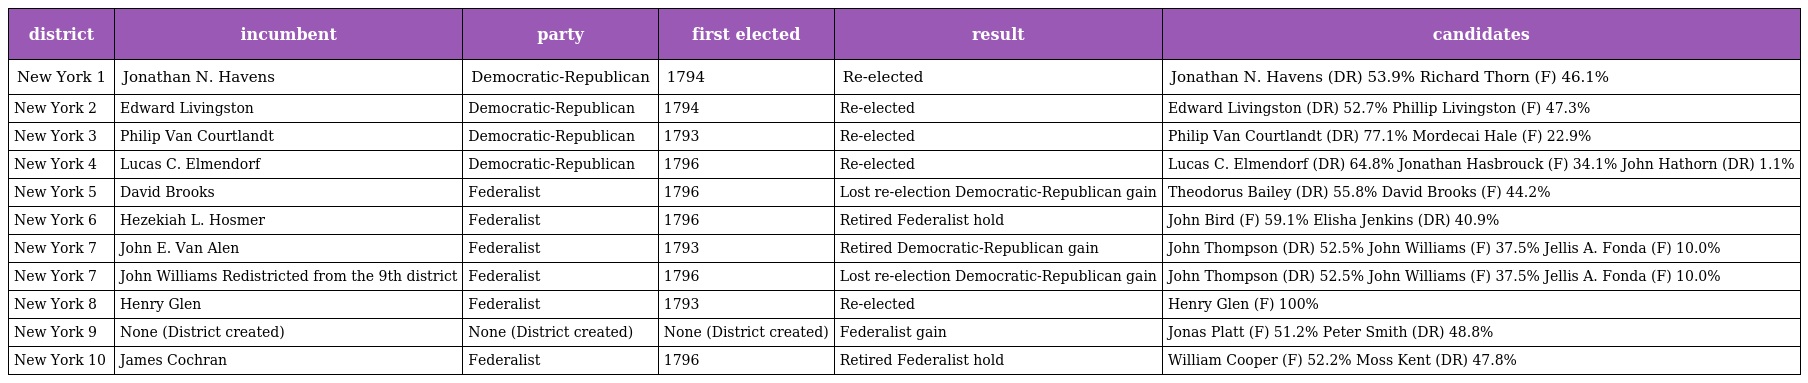
| district | incumbent | party | first elected | result | candidates |
 | --- | --- | --- | --- | --- | --- |
 | New York 1 | Jonathan N. Havens | Democratic-Republican | 1794 | Re-elected | Jonathan N. Havens (DR) 53.9% Richard Thorn (F) 46.1% |
 | New York 2 | Edward Livingston | Democratic-Republican | 1794 | Re-elected | Edward Livingston (DR) 52.7% Phillip Livingston (F) 47.3% |
 | New York 3 | Philip Van Courtlandt | Democratic-Republican | 1793 | Re-elected | Philip Van Courtlandt (DR) 77.1% Mordecai Hale (F) 22.9% |
 | New York 4 | Lucas C. Elmendorf | Democratic-Republican | 1796 | Re-elected | Lucas C. Elmendorf (DR) 64.8% Jonathan Hasbrouck (F) 34.1% John Hathorn (DR) 1.1% |
 | New York 5 | David Brooks | Federalist | 1796 | Lost re-election Democratic-Republican gain | Theodorus Bailey (DR) 55.8% David Brooks (F) 44.2% |
 | New York 6 | Hezekiah L. Hosmer | Federalist | 1796 | Retired Federalist hold | John Bird (F) 59.1% Elisha Jenkins (DR) 40.9% |
 | New York 7 | John E. Van Alen | Federalist | 1793 | Retired Democratic-Republican gain | John Thompson (DR) 52.5% John Williams (F) 37.5% Jellis A. Fonda (F) 10.0% |
 | New York 7 | John Williams Redistricted from the 9th district | Federalist | 1796 | Lost re-election Democratic-Republican gain | John Thompson (DR) 52.5% John Williams (F) 37.5% Jellis A. Fonda (F) 10.0% |
 | New York 8 | Henry Glen | Federalist | 1793 | Re-elected | Henry Glen (F) 100% |
 | New York 9 | None (District created) | None (District created) | None (District created) | Federalist gain | Jonas Platt (F) 51.2% Peter Smith (DR) 48.8% |
 | New York 10 | James Cochran | Federalist | 1796 | Retired Federalist hold | William Cooper (F) 52.2% Moss Kent (DR) 47.8% |